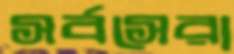
সর্বসেরা